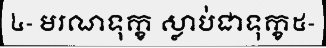
៤- មរណទុក្ខ ស្លាប់ជាទុក្ខ៥-